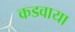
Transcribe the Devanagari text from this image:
कडवाया